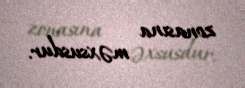
zonasına məxsusdur.